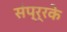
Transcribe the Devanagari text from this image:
संप्र्रके